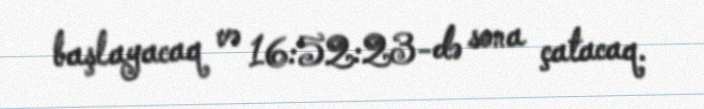
başlayacaq və 16:52:23-də sona çatacaq.